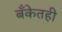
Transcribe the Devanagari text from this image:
बँकेतही